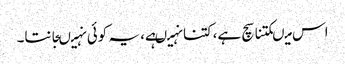
اس میںکتنا سچ ہے،کتنا نہیںہے، یہ کوئی نہیںجانتا۔